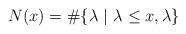
LaTeX: \begin{align*}N(x) = \#\{\lambda \ | \ \lambda\leq x, \lambda\}\end{align*}